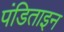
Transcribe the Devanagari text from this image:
पंडिताइन